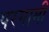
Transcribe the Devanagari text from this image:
परगामी